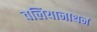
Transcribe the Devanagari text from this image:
वलियानाथन